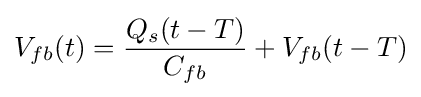
V_{fb}(t)={\frac {Q_{s}(t-T)}{C_{fb}}}+V_{fb}(t-T)